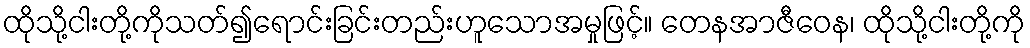
ထိုသို့ငါးတို့ကိုသတ်၍ရောင်းခြင်းတည်းဟူသောအမှုဖြင့်။ တေနအာဇီဝေန၊ ထိုသို့ငါးတို့ကို